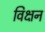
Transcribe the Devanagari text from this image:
विक्षन